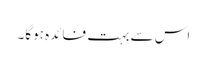
اس سے بہت فائدہ ہوگا۔